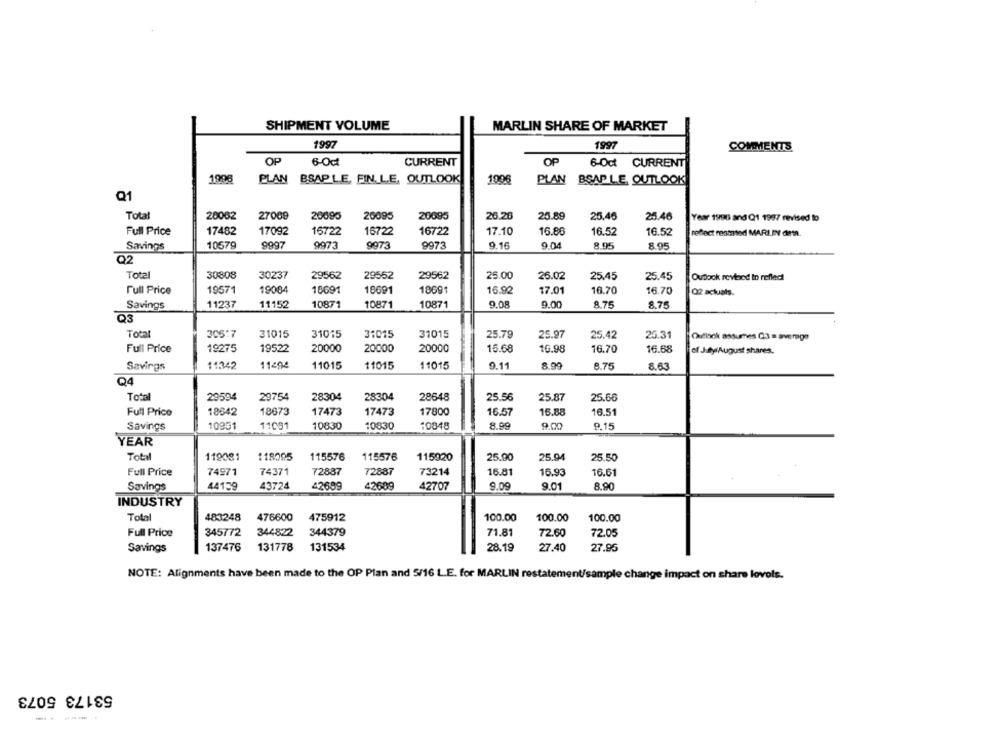
SHIPMENT VOLUME
MARLIN SHARE OF MARKET
1997
1997
COMMENTS
OP
6-Oct
CURRENT
OP
6-0ct CURRENT
1998
PLAN BSAPLE, FIN. L.E. OUTLOOK
1006
PLAN BSAP LE OUTLOOK
Q1
Total
20062
27009
20095
20095
20095
26.20
25.89
25.45
25.46
Year 1996 and Q1 1907 revised to
Full Price
17482
17092
16722
16722
16722
17.10
16.80
16.52
16.52
reflect restased MARLIN dra.
9973
9.04
8.95
8.95
Savings
10579
9997
9973
9973
9.16
Q2
Total
30808
30237
29562
29552
29562
25.00
26.02
25.45
25.45
Outlook revloed to reflect
Full Price
19571
19084
18691
18691
18691
16.92
17.01
16.70
16.70
Q2 actuals.
Savings
11237
11152
10871
10871
10871
9.08
9.00
8.75
8.75
Q3
Total
305:7
31015
31015
31015
31015
25.79
25.97
25.42
25.31
Ouflock assumes Q3 = average
Full Price
19275
19522
20000
20000
20000
15.68
10.98
16.70
16.68
of Jitty/August shares.
Savings
11342
11404
11015
11015
11015
9.11
8.99
8.75
8.63
Q4
Total
29594
29754
28304
28304
28648
25.56
25.87
25.66
Full Price
18642
18673
17473
17473
17800
16.57
15.88
16.51
Savings
10951
11091
10830
10830
10848
8.99
9.00
9.15
YEAR
Total
119081
118095
115576
115576
115920
25.90
25.94
25.50
Full Price
74971
74371
72887
72887
73214
16.81
16.93
16.61
Savings
44159
43724
42699
42609
42707
9.09
9.01
8.90
INDUSTRY
Total
483248
476600
475912
100.00
100.00
100.00
Full Price
345772
344822
344379
71.81
72.60
72.05
Savings
137476
131778
131534
28.19
27.40
27.95
NOTE: Alignments have been made to the OP Plan and 5/16 L.E. for MARLIN restate
sample change impact on share lovols.
53173 5073
---